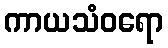
ကာယသံဝရော